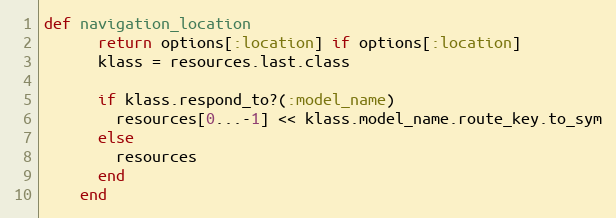
Language: Ruby
def navigation_location
      return options[:location] if options[:location]
      klass = resources.last.class

      if klass.respond_to?(:model_name)
        resources[0...-1] << klass.model_name.route_key.to_sym
      else
        resources
      end
    end